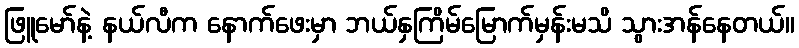
ဖြူမော်နဲ့ နယ်လီက နောက်ဖေးမှာ ဘယ်နှကြိမ်မြောက်မှန်းမသိ သွားအန်နေတယ်။